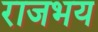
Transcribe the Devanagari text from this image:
राजभय